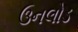
ઉનલોડ